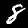
Digit: 8